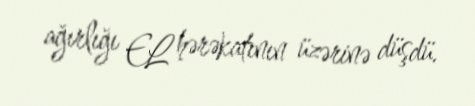
ağırlığı EL hərəkatının üzərinə düşdü.